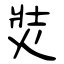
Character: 焋